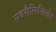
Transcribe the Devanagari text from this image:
सबसैलिसिलेट